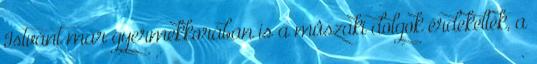
Istvánt már gyermekkorában is a mûszaki dolgok érdekelték, a